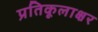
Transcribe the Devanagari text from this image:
प्रतिकूलाक्षर